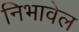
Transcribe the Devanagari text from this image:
निभावेल